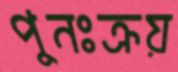
পুনঃক্রয়